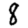
Digit: 8